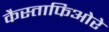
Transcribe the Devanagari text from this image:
कैस्ताफिओरे